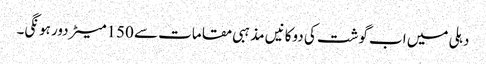
دہلی میں اب گوشت کی دوکانیں مذہبی مقامات سے 150میٹر دور ہونگی۔